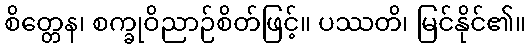
စိတ္တေန၊ စက္ခုဝိညာဉ်စိတ်ဖြင့်။ ပဿတိ၊ မြင်နိုင်၏။